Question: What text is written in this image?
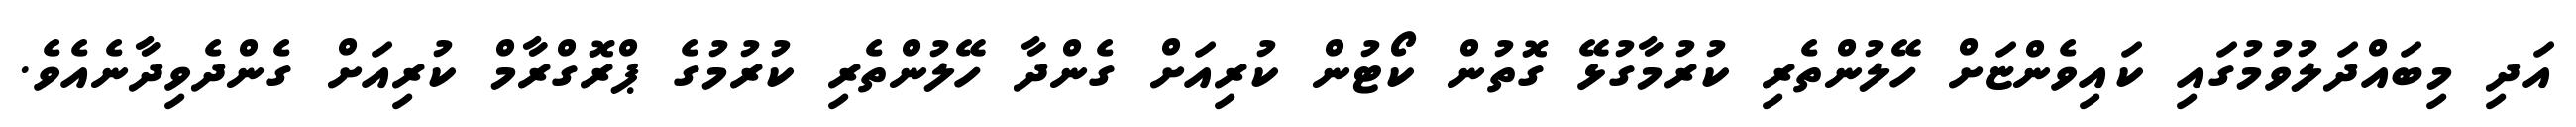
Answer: އަދި މިބައްދަލުވުމުގައި ކައިވެންޏަށް ހޭލުންތެރި ކުރުމާގުޅޭ ގޮތުން ކޯޓުން ކުރިއަށް ގެންދާ ހޭލުންތެރި ކުރުމުގެ ޕްރޮގްރާމް ކުރިއަށް ގެންދެވިދާނެއެވެ.